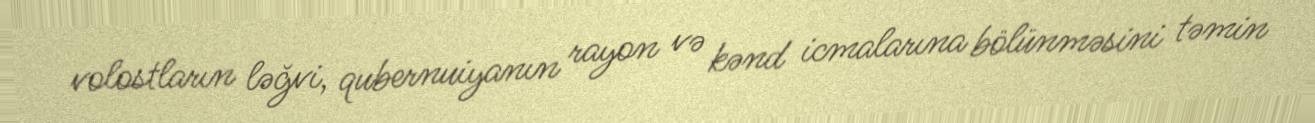
volostların ləğvi, qubernuiyanın rayon və kənd icmalarına bölünməsini təmin